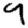
Digit: 9